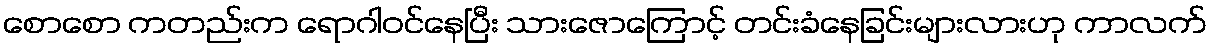
စောစော ကတည်းက ရောဂါဝင်နေပြီး သားဇောကြောင့် တင်းခံနေခြင်းများလားဟု ကာလက်